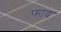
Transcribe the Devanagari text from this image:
फाद